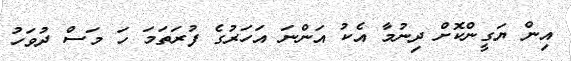
އިން ޔަގީންކޮށް ދިނުމާ އެކު އަންނަ އަހަރުގެ ފުރަތަމަ ހަ މަސް ދުވަހު